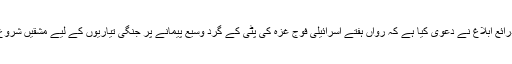
مرکز اطلاعات) اسرائیل کے ذرائع ابلاغ نے دعویٰ کیا ہے کہ رواں ہفتے اسرائیلی فوج غزہ کی پٹی کے گرد وسیع پیمانے پر جنگی تیاریوں کے لیے مشقیں شروع کرنے کی تیاری کررہی ہے۔